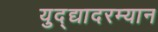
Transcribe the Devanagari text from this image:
युद्द्यादरम्यान